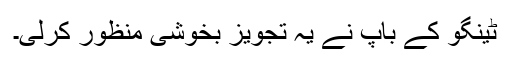
ٹینگو کے باپ نے یہ تجویز بخوشی منظور کرلی۔